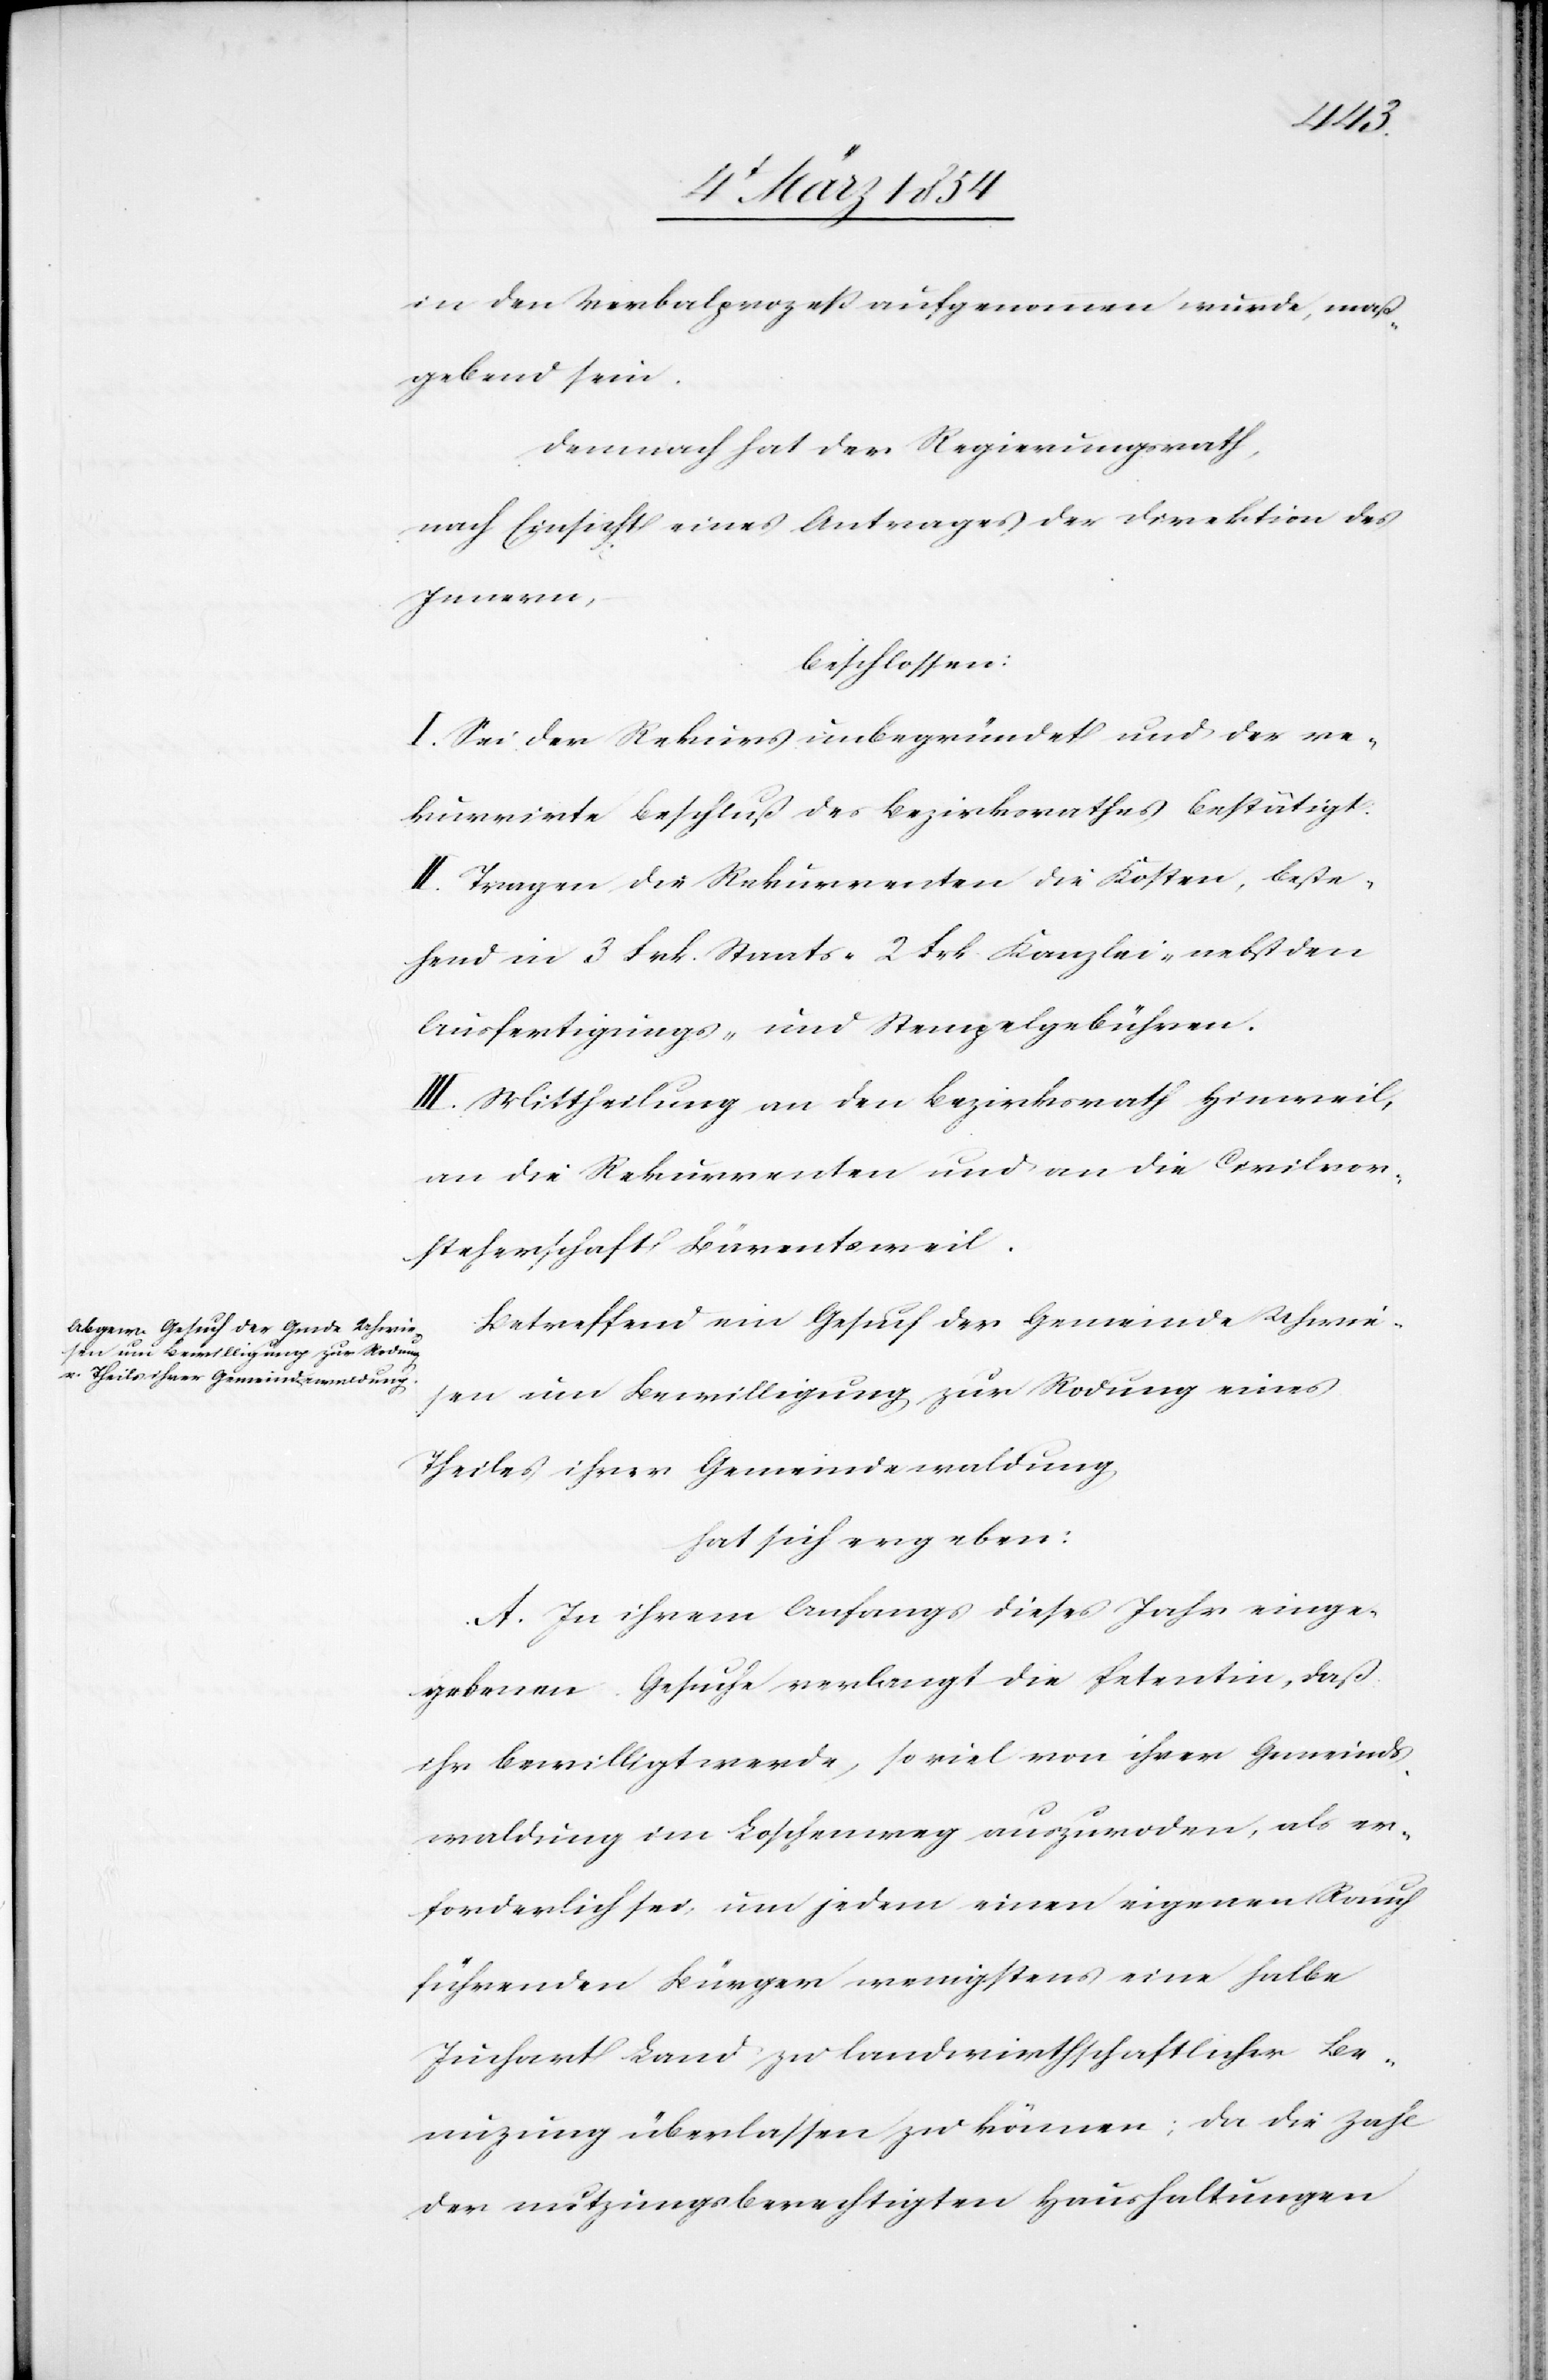
in den Verbalprozeß aufgenommen wurde, maß¬
gebend sein.
Demnach hat der Regierungsrath,
nach Einsicht eines Antrages der Direktion des
Innern,
beschlossen:
I. Sei der Rekurs unbegründet und der re¬
kurrirte Beschluß des Bezirksrathes bestätigt.
II. Tragen die Rekurrenten die Kosten, beste¬
hend in 3 Fr. Staats-[,] 2 Frk. Kanzlei-[,] nebst den
Ausfertigungs- und Stempelgebühren.
III. Mittheilung an den Bezirksrath Hinweil,
an die Rekurrenten und an die Civilvor¬
steherschaft Bärentsweil.
Betreffend ein Gesuch der Gemeinde Uhwie¬
sen um Bewilligung zur Rodung eines
Theiles ihrer Gemeindewaldung,
hat sich ergeben:
A. In ihrem Anfangs dieses Jahr einge¬
gebenen Gesuche verlangt die Petentin, daß
ihr bewilligt werde, soviel von ihrer Gemeinds¬
waldung im Loschenweg auszuroden, als er¬
forderlich sei, um jedem einen eigenen Rauch
führenden Bürger wenigstens eine halbe
Juchart Land zu landwirthschaftlicher Be¬
nuzung überlassen zu können; da die Zahl
der nutzungsberechtigten Haushaltungen